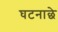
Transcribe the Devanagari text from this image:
घटनाछे